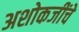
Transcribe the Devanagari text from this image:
अशोकजींचे